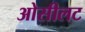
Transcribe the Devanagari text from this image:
ओसीलट